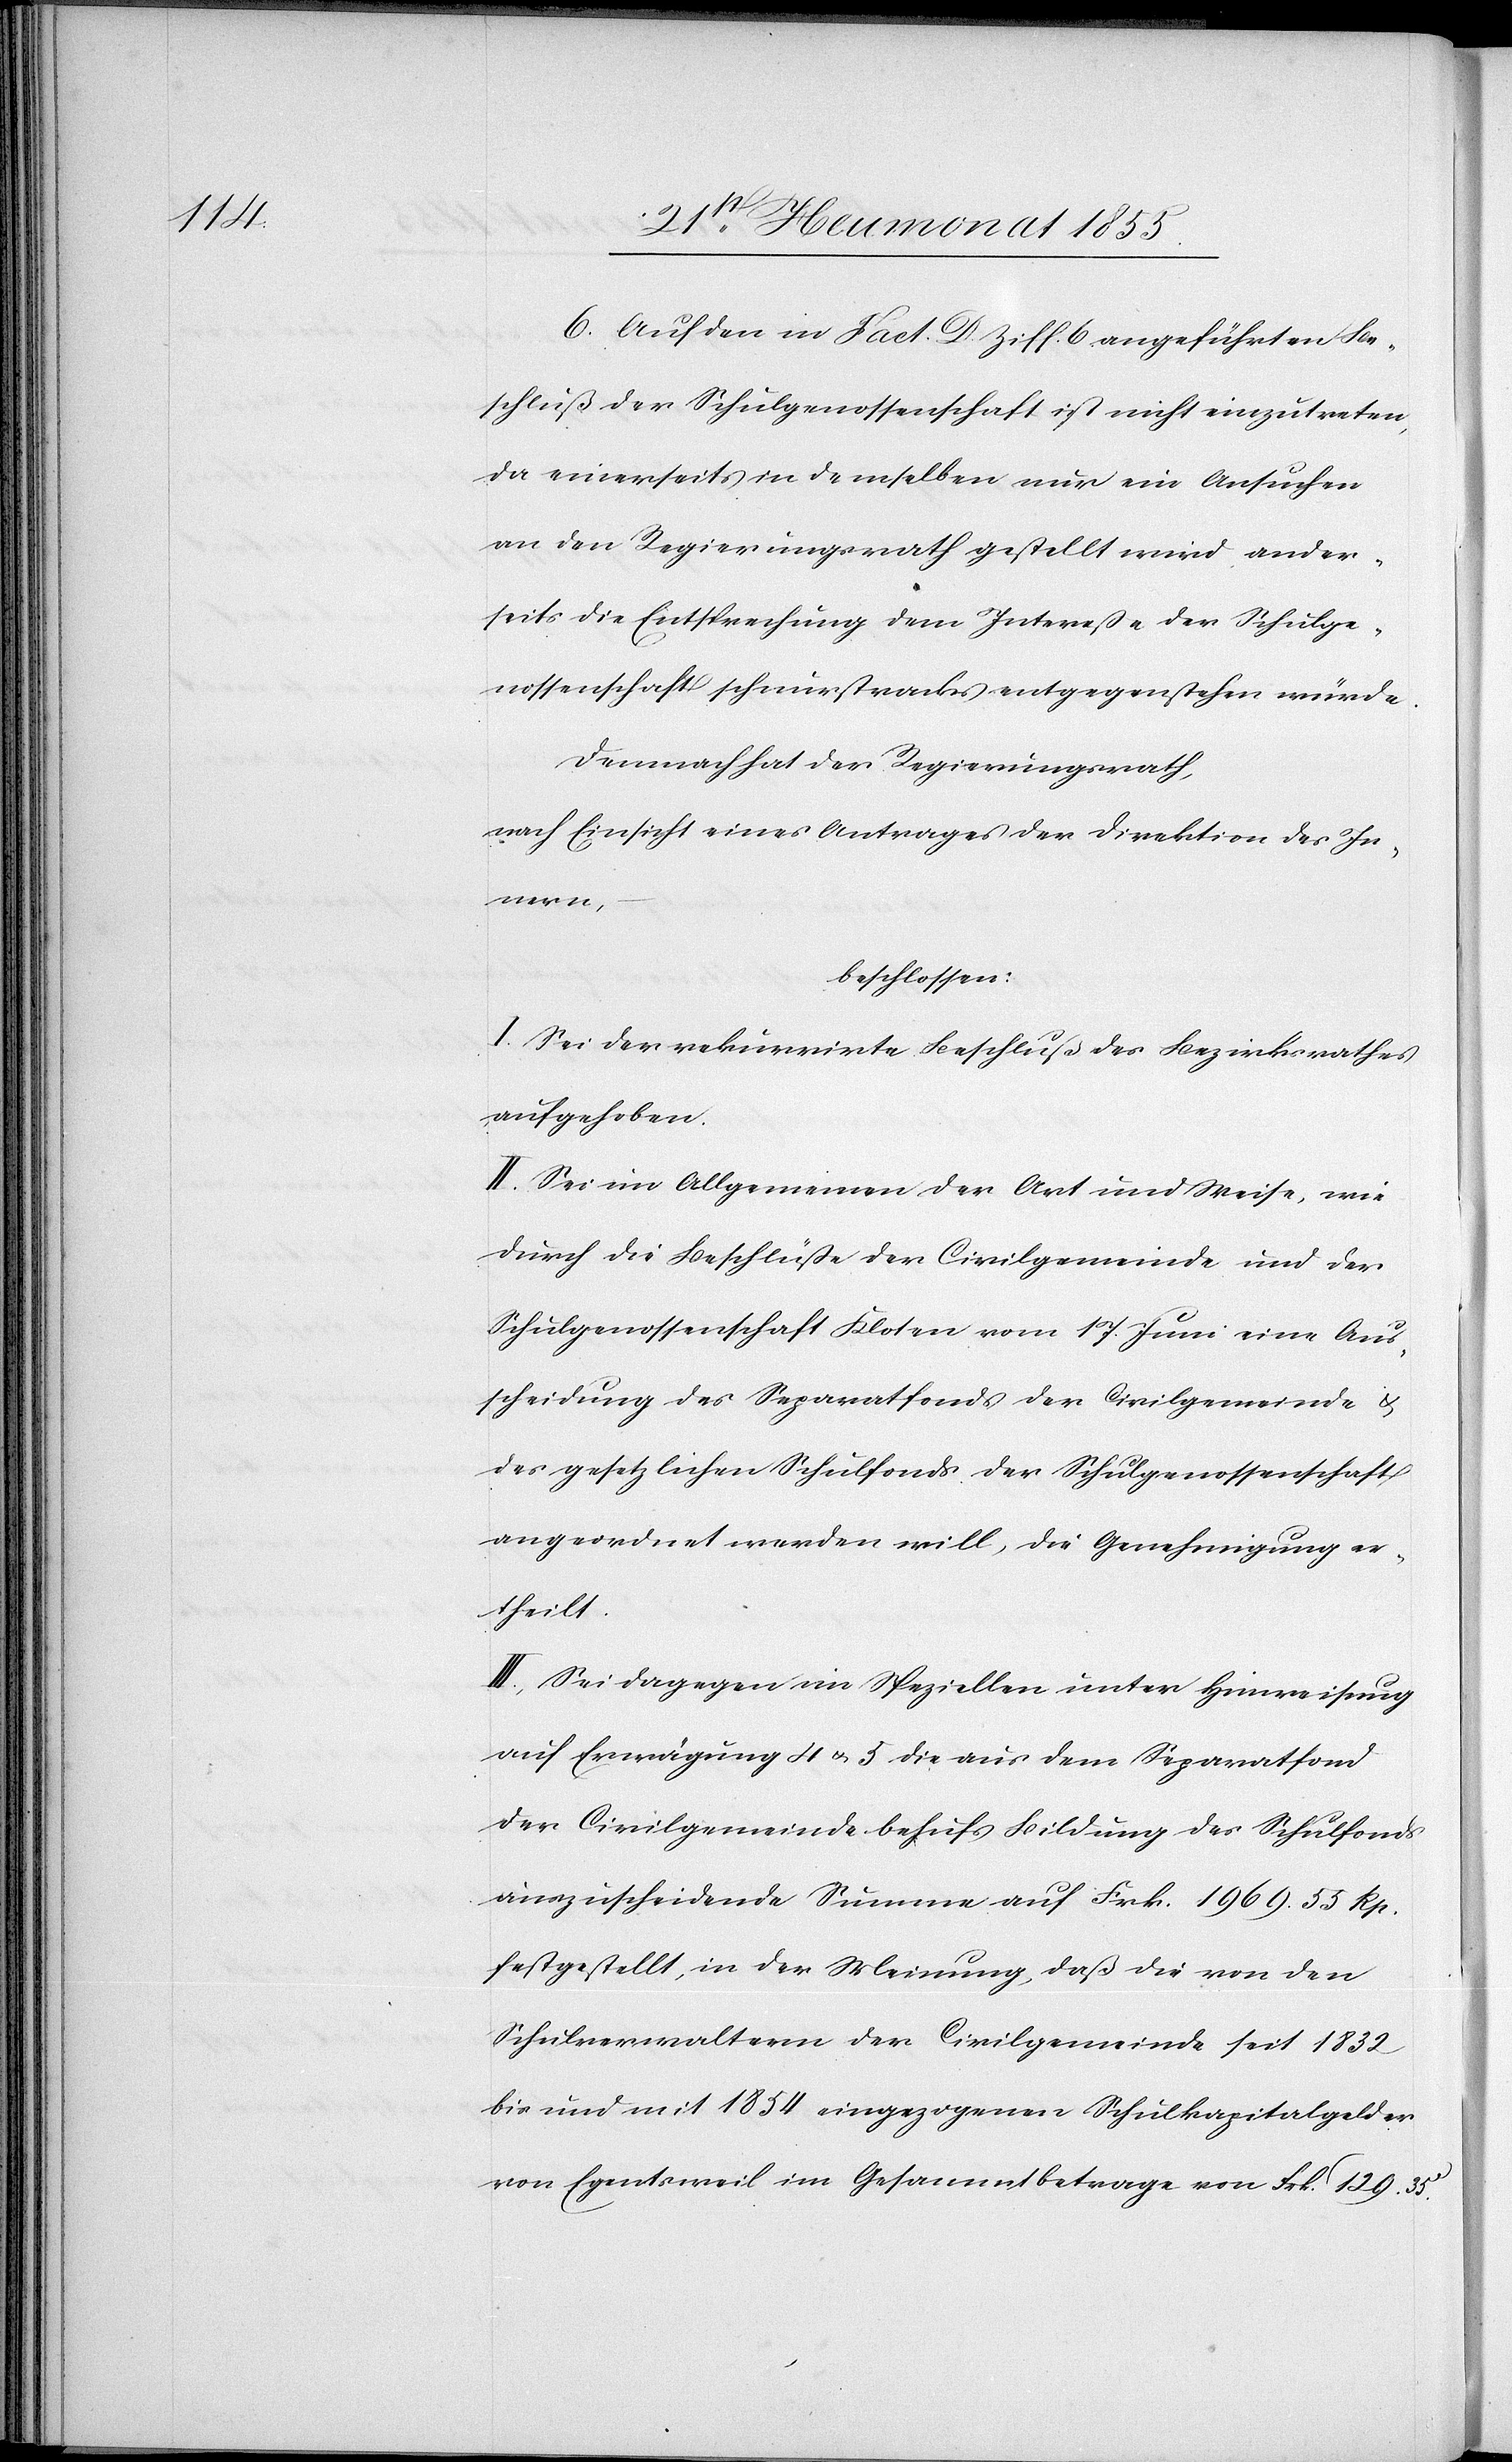
6. Auf den in Fact. D. Ziff. 6 angeführten Be¬
schluß der Schulgenossenschaft ist nicht einzutreten,
da einerseits in demselben nur ein Ansuchen
an den Regierungsrath gestellt wird ander¬
seits die Entsprechung dem Intereße der Schulge¬
nossenschaft schnurstracks entgegenstehen würde.
Demnach hat der Regierungsrath,
nach Einsicht eines Antrages der Direktion des In¬
nern,
beschlossen:
I. Sei der rekurrirte Beschluß des Bezirksrathes
aufgehoben.
II. Sei im Allgemeinen der Art und Weise, wie
durch die Beschlüße der Civilgemeinde und der
Schulgenossenschaft Kloten vom 17. Juni eine Aus¬
scheidung des Separatfonds der Civilgemeinde &
des gesetzlichen Schulfonds der Schulgenossenschaft
angeordnet werden will, die Genehmigung er¬
theilt.
III., Sei dagegen im Speziellen unter Hinweisung
auf Erwägung 4 & 5 die aus dem Separatfond
der Civilgemeinde behufs Bildung des Schulfonds
auszuscheidende Summe auf Frk. 1969. 55 Rp.
festgestellt, in der Meinung, daß die von den
Schulverwaltern der Civilgemeinde seit 1832
bis und mit 1854 eingezogenen Schulkapitalgelder
von Egentsweil im Gesammtbetrage von Frk. 129. 35c.